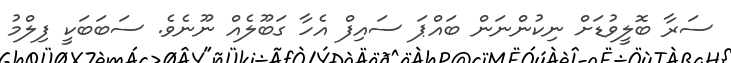
ސަރާ ބޮލީވުޑަށް ނިކުންނަން ބައްޕަ ސައިފް އެހާ ގަބޫލެއް ނޫނެވެ. ސަބަބަކީ ފިލްމު